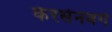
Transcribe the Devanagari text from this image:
केरसेनबर्ग